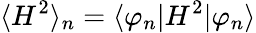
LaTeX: \langle H^{2}\rangle_{n}=\langle\varphi_{n}|H^{2}|\varphi_{n}\rangle